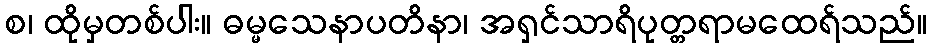
စ၊ ထိုမှတစ်ပါး။ ဓမ္မသေနာပတိနာ၊ အရှင်သာရိပုတ္တရာမထေရ်သည်။